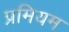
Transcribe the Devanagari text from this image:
प्रमियम